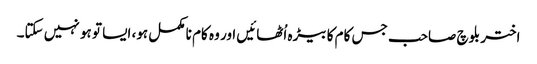
اختر بلوچ صاحب جس کام کا بیڑہ اُٹھائیں اور وہ کام نا مکمل ہو، ایسا تو ہو نہیں سکتا۔